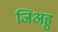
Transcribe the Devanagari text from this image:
जिअहु